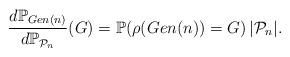
LaTeX: \begin{align*}\frac{d \mathbb{P}_{Gen(n)}}{d \mathbb{P}_{\mathcal{P}_n}}(G)= \mathbb{P}( \rho(Gen(n)) =G) \, |{\mathcal P}_n|. \:\end{align*}